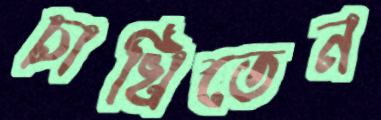
চাখিতেন